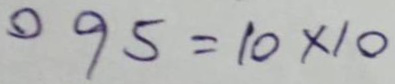
095 = 10 x 10